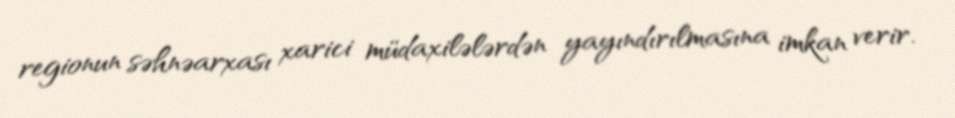
regionun səhnəarxası xarici müdaxilələrdən yayındırılmasına imkan verir.